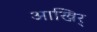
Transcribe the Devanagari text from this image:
आखिर्